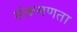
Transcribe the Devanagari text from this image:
संक्रमणता